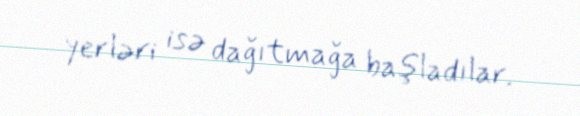
yerləri isə dağıtmağa başladılar.